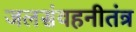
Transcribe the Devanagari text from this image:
जलसंवहनीतंत्र